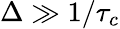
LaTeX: \Delta\gg 1/\tau_{c}